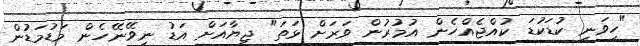
"ހީވަނީ ކުޑަކުޑަ ކުއްޖެއްހެން އުމުރުން ވަރަށް ޅަތަ" ޖިޔާއަށް އަޑު ނީވޭނޭހެން މަޑުމަޑުން